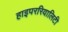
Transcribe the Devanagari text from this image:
हाइपररियालिटी